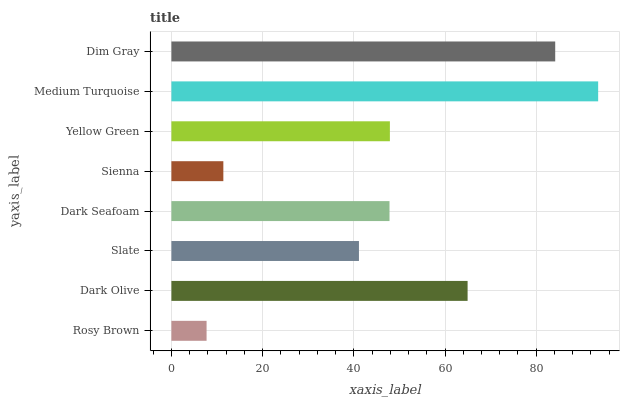
| yaxis_label | bars |
 | --- | --- |
 | Rosy Brown | 7.71 |
 | Dark Olive | 65 |
 | Slate | 41.1 |
 | Dark Seafoam | 47.8 |
 | Sienna | 11.4 |
 | Yellow Green | 47.9 |
 | Medium Turquoise | 93.6 |
 | Dim Gray | 84.2 |